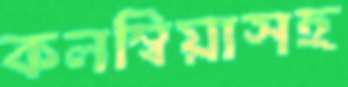
কলম্বিয়াসহ